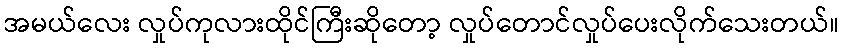
အမယ်လေး လှုပ်ကုလားထိုင်ကြီးဆိုတော့ လှုပ်တောင်လှုပ်ပေးလိုက်သေးတယ်။